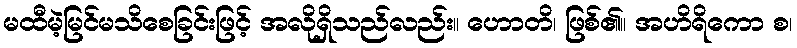
မထီမဲ့မြင်မသိစေခြင်းဖြင့် အလိုရှိသည်လည်း။ ဟောတိ၊ ဖြစ်၏။ အဟိရိကော စ၊